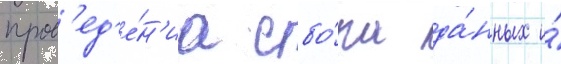
пров'ед'е́н'иа сбо́ра да́нных и́